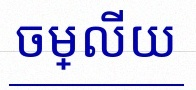
ចម្លើយ